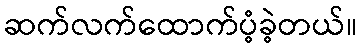
ဆက်လက်ထောက်ပံ့ခဲ့တယ်။